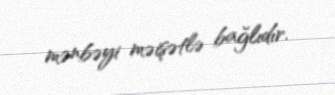
mənbəyi məişətlə bağlıdır.